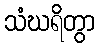
သံဃရိတွာ